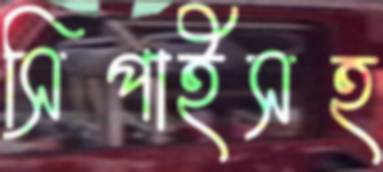
সিপাইসহ